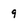
Character: 9